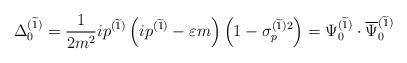
LaTeX: \begin{align*}\Delta _0^{(\widetilde{1})}=\frac1{2m^2}ip^{(\widetilde{1})}\left( ip^{(\widetilde{1})}-\varepsilon m\right) \left( 1-\sigma_p^{(\widetilde{1} )2}\right) =\Psi _0^{(\widetilde{1})}\cdot\overline{\Psi }_0^{(\widetilde{1} )} \end{align*}